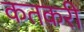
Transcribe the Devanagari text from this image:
कतकरी